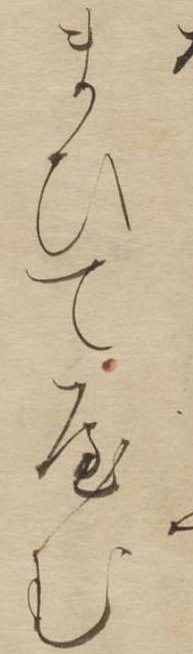
まひてやむ